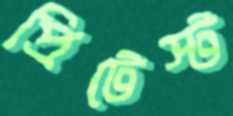
প্রিটেস্ট